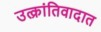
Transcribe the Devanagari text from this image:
उत्क्रांतिवादात